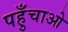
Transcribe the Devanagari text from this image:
पहुँचाओ